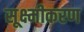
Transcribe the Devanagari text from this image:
सूक्ष्मीकरण